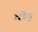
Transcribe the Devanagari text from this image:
वौड़